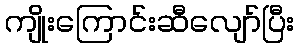
ကျိုးကြောင်းဆီလျော်ပြီး